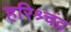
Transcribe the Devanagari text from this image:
हरिश्र्चंद्र